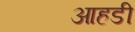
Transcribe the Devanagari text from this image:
आहडी